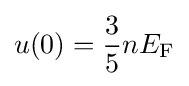
u(0)={\frac {3}{5}}nE_{\rm {F}}